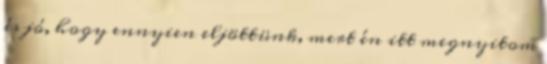
és jó, hogy ennyien eljöttünk, mert én itt megnyitom